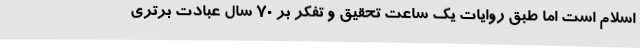
اسلام است اما طبق روایات یک ساعت تحقیق و تفکر بر 70 سال عبادت برتری